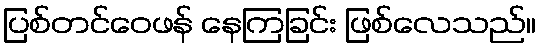
ပြစ်တင်ဝေဖန် နေကြခြင်း ဖြစ်လေသည်။